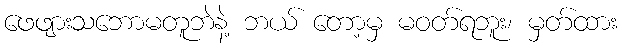
ဖေဖျားသဘောမတူဘဲနဲ့ ဘယ် တော့မှ မဝတ်ရဘူး၊ မှတ်ထား